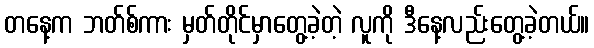
တနေ့က ဘတ်စ်ကား မှတ်တိုင်မှာတွေ့ခဲ့တဲ့ လူကို ဒီနေ့လည်းတွေ့ခဲ့တယ်။